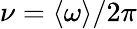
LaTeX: \nu=\langle\omega\rangle/2\pi